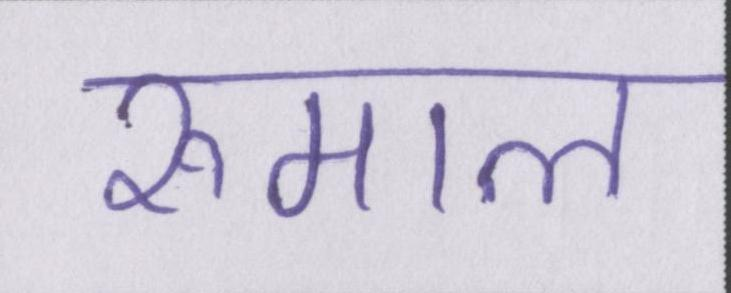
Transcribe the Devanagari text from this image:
रुमाल